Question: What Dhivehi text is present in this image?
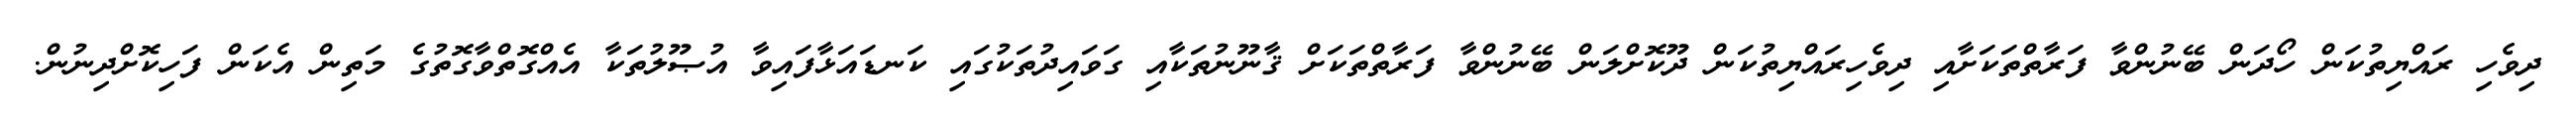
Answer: ދިވެހި ރައްޔިތުކަން ހޯދަން ބޭނުންވާ ފަރާތްތަކަށާއި ދިވެހިރައްޔިތުކަން ދޫކޮށްލަން ބޭނުންވާ ފަރާތްތަކަށް ޤާނޫނުތަކާއި ގަވައިދުތަކުގައި ކަނޑައަޅާފައިވާ އުޞޫލުތަކާ އެއްގޮތްވާގޮތުގެ މަތިން އެކަން ފަހިކޮށްދިނުން.